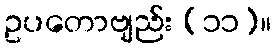
ဥပတောဗျည်း (၁၁)။